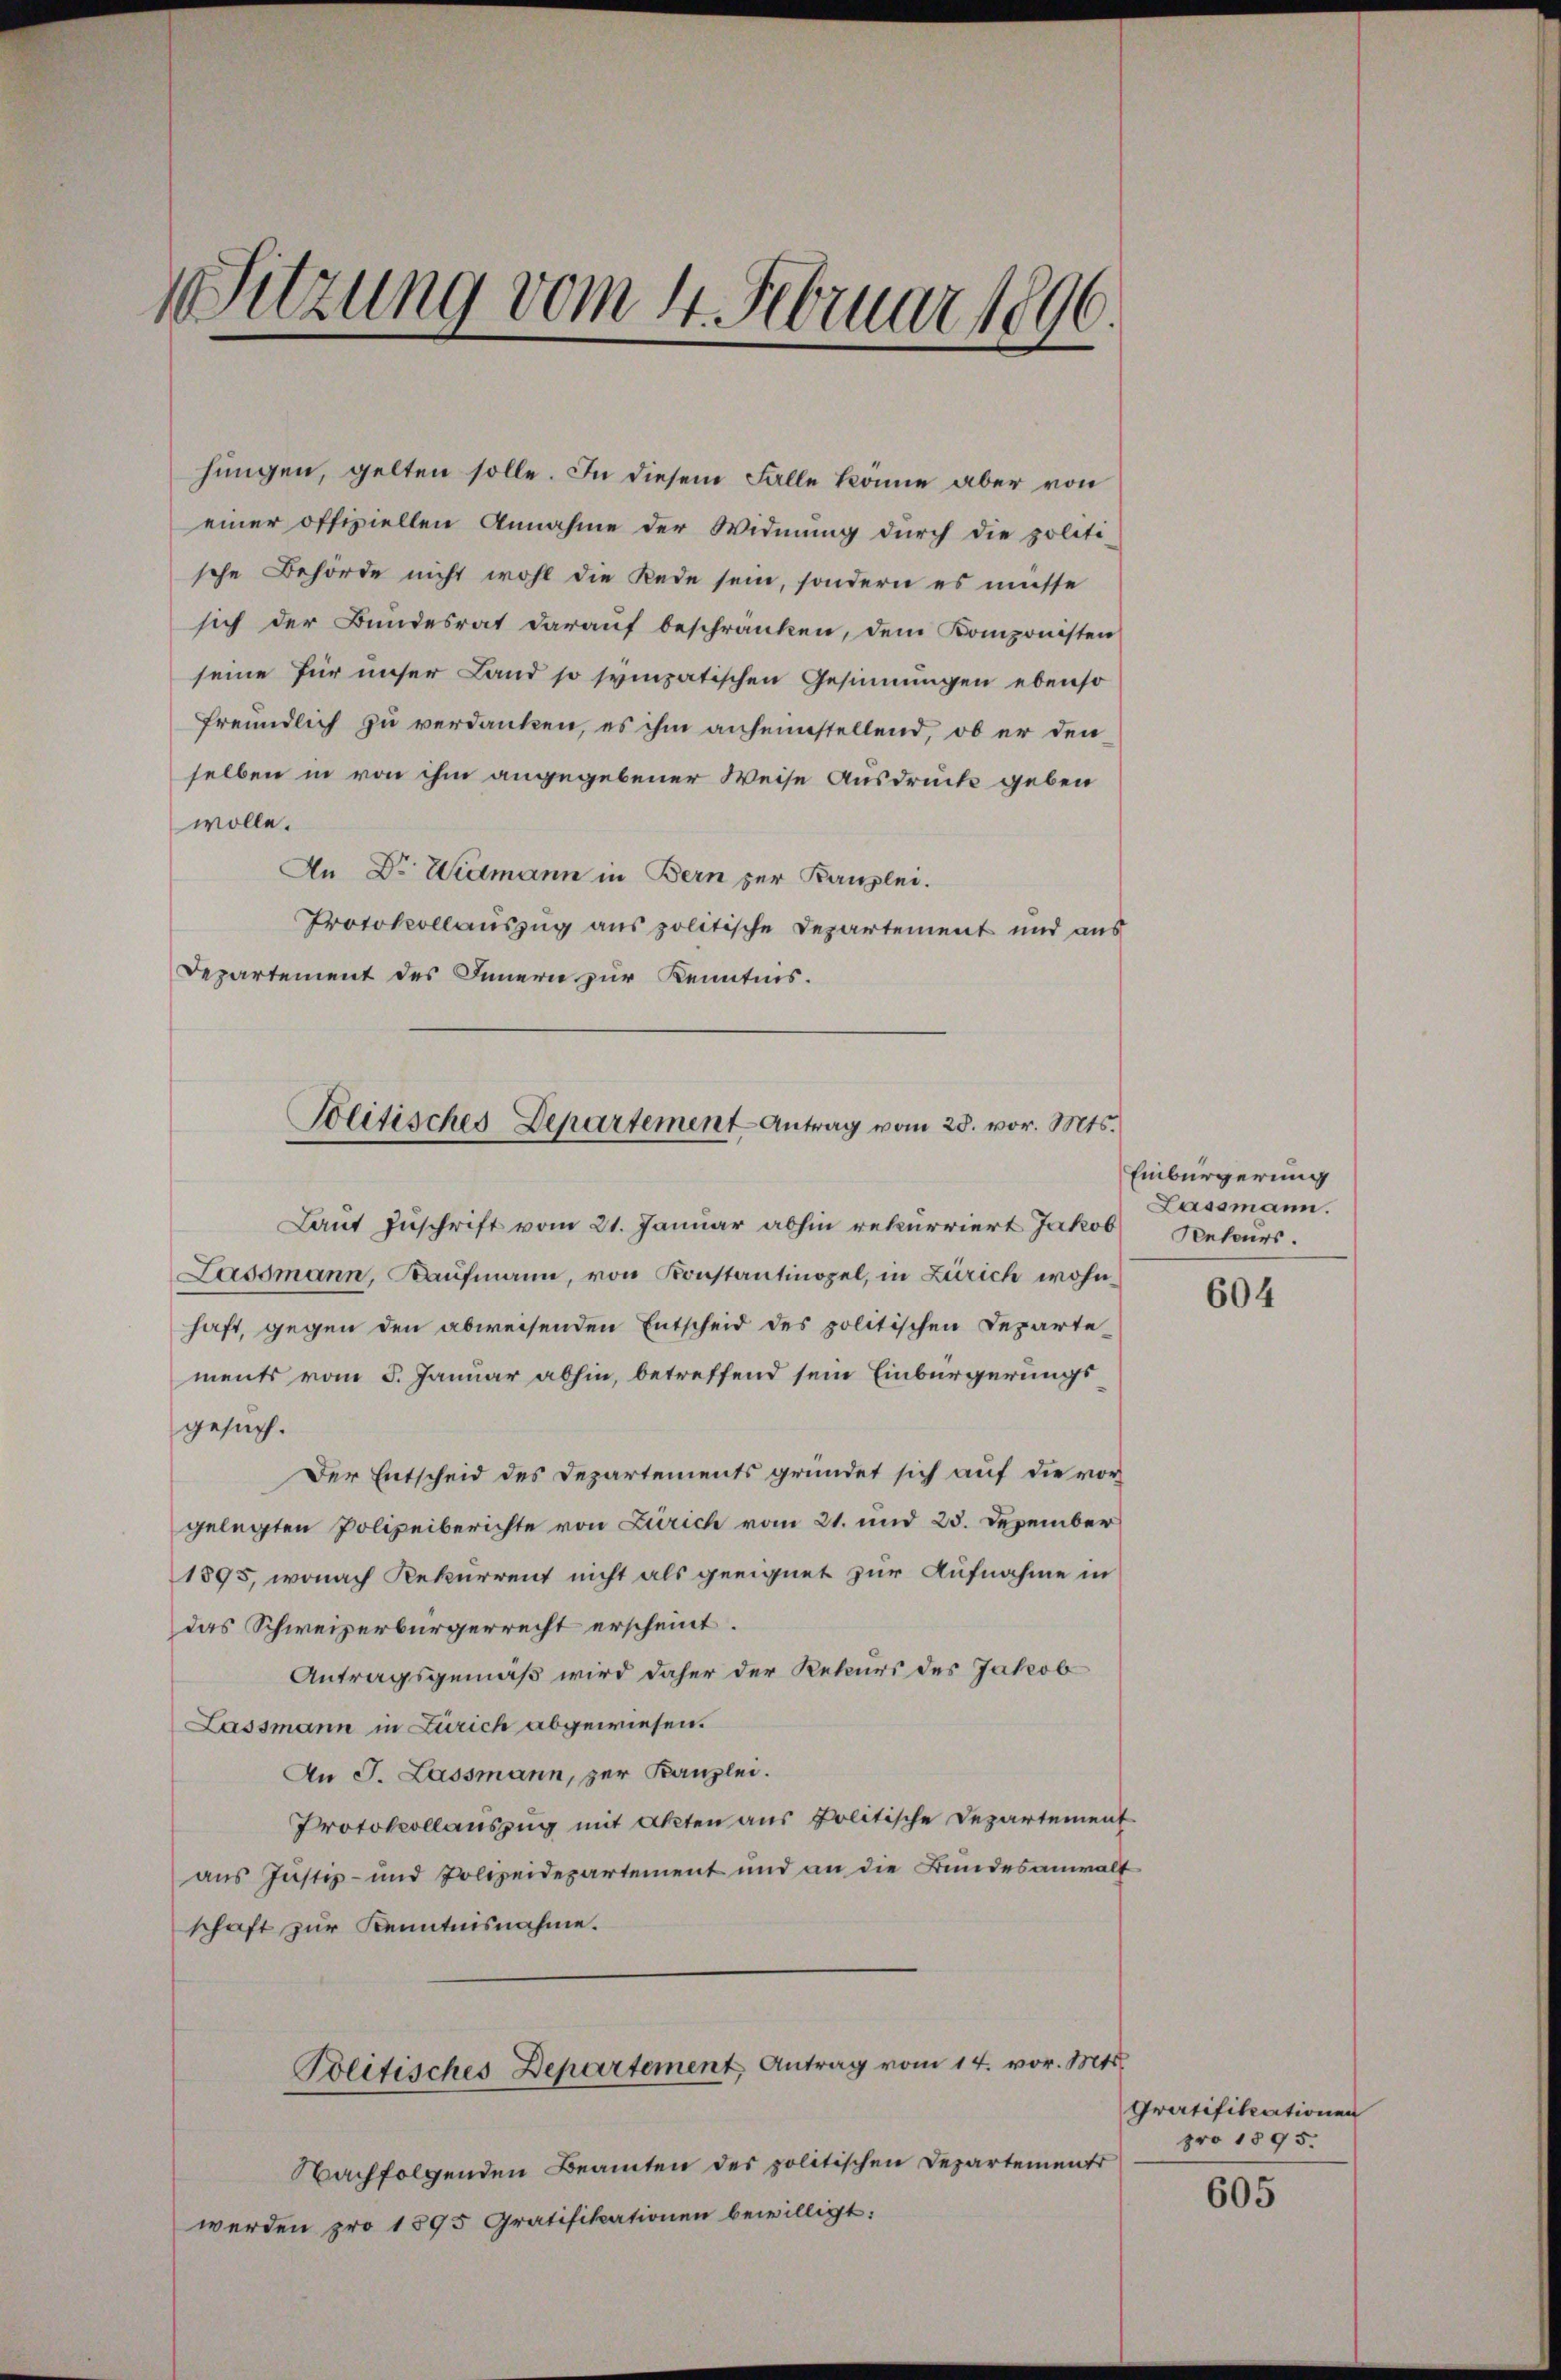
Sitzung vom 4. Februar 1896.

hungen, gelten solle. In diesem Falle könne aber von
einer offiziellen Annahme der Widmung durch die politische Behörde nicht wohl die Rede sein, sondern es müsse
sich der Bundesrat darauf beschränken, dem Komponisten
seine für unser Land so sympatischen Gesinnungen ebenso
freundlich zu verdanken, es ihm anheimstellend, ob er den
selben in von ihm angegebener Weise Ausdruck geben
wolle.
An Dr. Widmann in Bern zur Kanzlei.
Protokollauszug aus politische Departement und aus
Departement des Innern zur Kenntnis.
Laut Zuschrift vom 21. Januar abhin rekurriert Jakob
Lassmann, Kaufmann, von Konstantinopel, in Zürich wohnhaft, gegen den abweisenden Entscheid des politischen Departe-
ments vom 5. Januar abhin, betreffend sein Einbürgerungsgesuch.
Der Entscheid des Departements gründet sich auf die vor
gelegten Polizeiberichte von Zürich vom 21. und 23. Dezember
1895, wonach Rekurrent nicht als geeignet zur Aufnahme in
das Schweizerbürgerrecht erscheint.
Antragsgemäß wird daher der Rekurs des Jakob
Lassmann in Zürich abgewiesen.
An J. Lassmann, zur Kanzlei.
Protokollauszug mit Akten aus Politische Departement
aus Justiz- und Polizeidepartement und an die Bundesanwalt
schaft zur Kenntnisnahme.
Politisches Departement, Antrag vom 14. vor. Mts.
Nachfolgenden Beamten des politischen Departements
werden pro 1895 Gratifikationen bewilligt:

Wolitisches Departement-Antrag vom 28. vor. Mts.

Einbürgerung
Lassmann.
Aeteurs.

604

Gratifikationen
pro 1895.

605